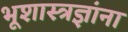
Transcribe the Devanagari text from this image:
भूशास्त्रज्ञांना